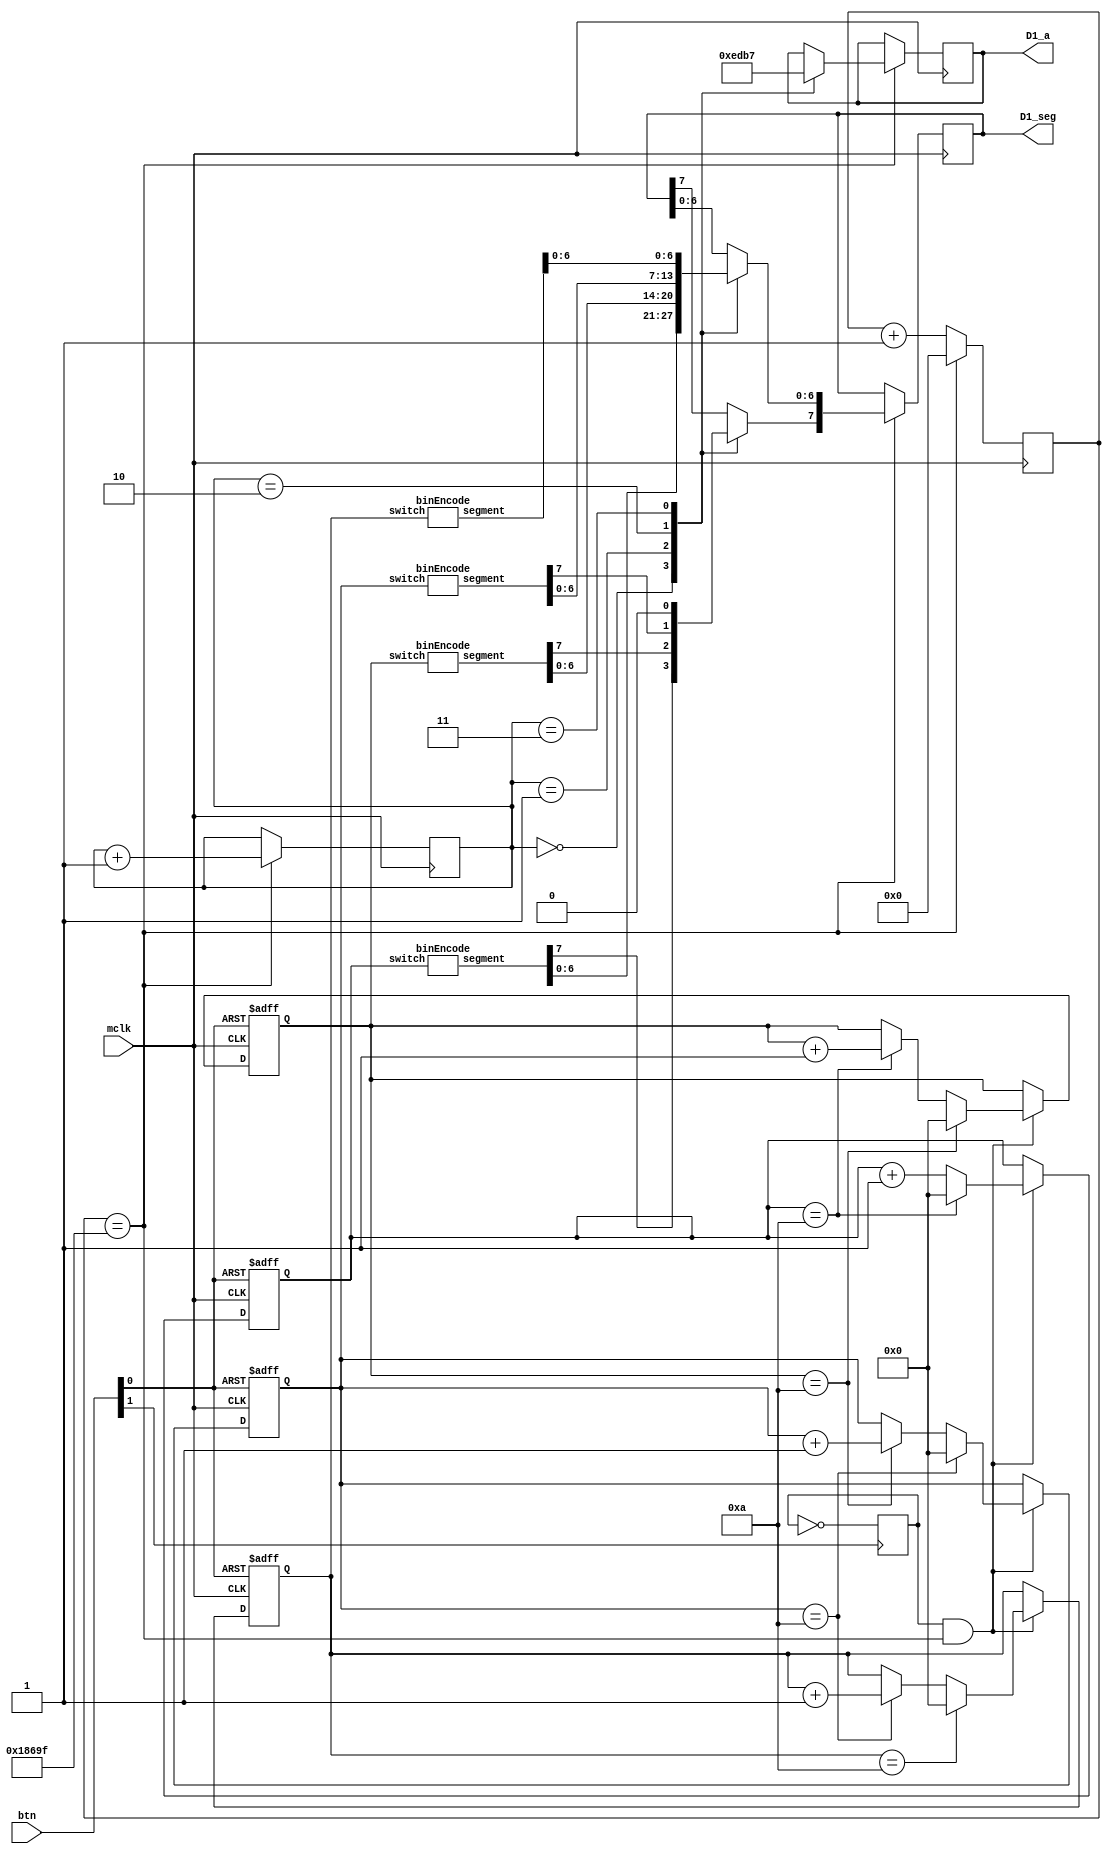
module msStopwatch(
    input mclk,
    input [1:0] btn, //[0] is reset, [1] is start
    output reg [3:0] D1_a,
    output reg [7:0] D1_seg
);
reg [26:0] count = 0;
reg [2:0] digitSelect = 0;
reg [3:0] digit0, digit1, digit2, digit3;
reg start = 1;

wire [7:0] seg0, seg1, seg2, seg3;
binEncode be0(digit0, seg0); 
binEncode be1(digit1, seg1);     
binEncode be2(digit2, seg2);     
binEncode be3(digit3, seg3);

always @(posedge mclk) begin //multiplexor
    if(count == 100000 - 1) begin
        digitSelect <= digitSelect + 1;
        case(digitSelect)
            2'b00 : begin
                        D1_seg <= seg0;
                        D1_a <= 4'b1110;
                    end
            2'b01 : begin
                        D1_seg <= seg1;
                        D1_a <= 4'b1101;
                    end
            2'b10 : begin
                        D1_seg <= seg2;
                        D1_a <= 4'b1011;
                    end
            2'b11 : begin
                        D1_seg = seg3;
                        D1_seg[7] = 0;
                        D1_a <= 4'b0111;
                    end
        endcase
    end
end

always@(posedge btn[1])begin //pause on btn[1] press
    start <= ~start;
end

always@(posedge mclk) begin //counter
        if(count == 100000 - 1) count <= 0;
        else count <= count + 1;
end

always@(posedge mclk or posedge btn[0]) begin //actual numbers increment 
    if(btn[0]) begin
        digit0 <= 0;
        digit1 <= 0;
        digit2 <= 0;
        digit3 <= 0;
    end
    else if((start) & (count == 100000 - 1)) begin
        digit0 <= digit0 + 1;
        if(digit0 == 10) begin
            digit0 <= 0;
            digit1 <= digit1 + 1;
        end
        if(digit1 == 10) begin
            digit1 <= 0;
            digit2 <= digit2 + 1;
            end
        if(digit2 == 10) begin
            digit2 <= 0;
            digit3 <= digit3 + 1;
        end
        if(digit3 == 10) digit3 <= 0;
    end
end

endmodule

module binEncode(input [3:0] switch, output reg [7:0] segment);
    always @(switch) begin
        case(switch)
            4'b0000 : segment = 8'b11000000; // 0
            4'b0001 : segment = 8'b11111001; // 1
            4'b0010 : segment = 8'b10100100; // 2
            4'b0011 : segment = 8'b10110000; // 3
            4'b0100 : segment = 8'b10011001; // 4
            4'b0101 : segment = 8'b10010010; // 5
            4'b0110 : segment = 8'b10000010; // 6 
            4'b0111 : segment = 8'b11111000; // 7
            4'b1000 : segment = 8'b10000000; // 8
            4'b1001 : segment = 8'b10010000; // 9
        endcase
    end
endmodule